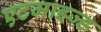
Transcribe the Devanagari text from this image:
एटमाइज्ड